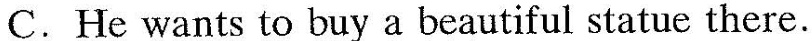
C. He wants to buy a beautiful statue there.